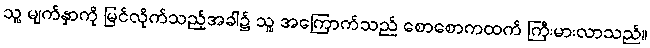
သူ့ မျက်နှာကို မြင်လိုက်သည့်အခါ၌ သူ့ အကြောက်သည် စောစောကထက် ကြီးမားလာသည်။